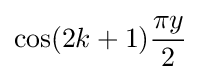
\cos(2k+1){\frac {\pi y}{2}}